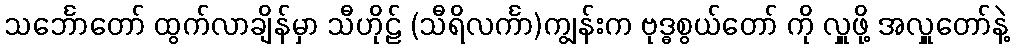
သင်္ဘောတော် ထွက်လာချိန်မှာ သီဟိုဠ် (သီရိလင်္ကာ)ကျွန်းက ဗုဒ္ဓစွယ်တော် ကို လှူဖို့ အလှူတော်နဲ့